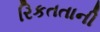
રિકતતાની